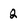
Character: 2